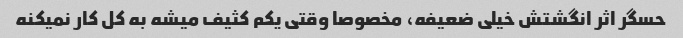
حسگر اثر انگشتش خیلی ضعیفه، مخصوصا وقتی یکم کثیف میشه به کل کار نمیکنه